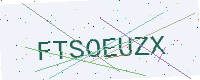
Text: FTSOEUZX